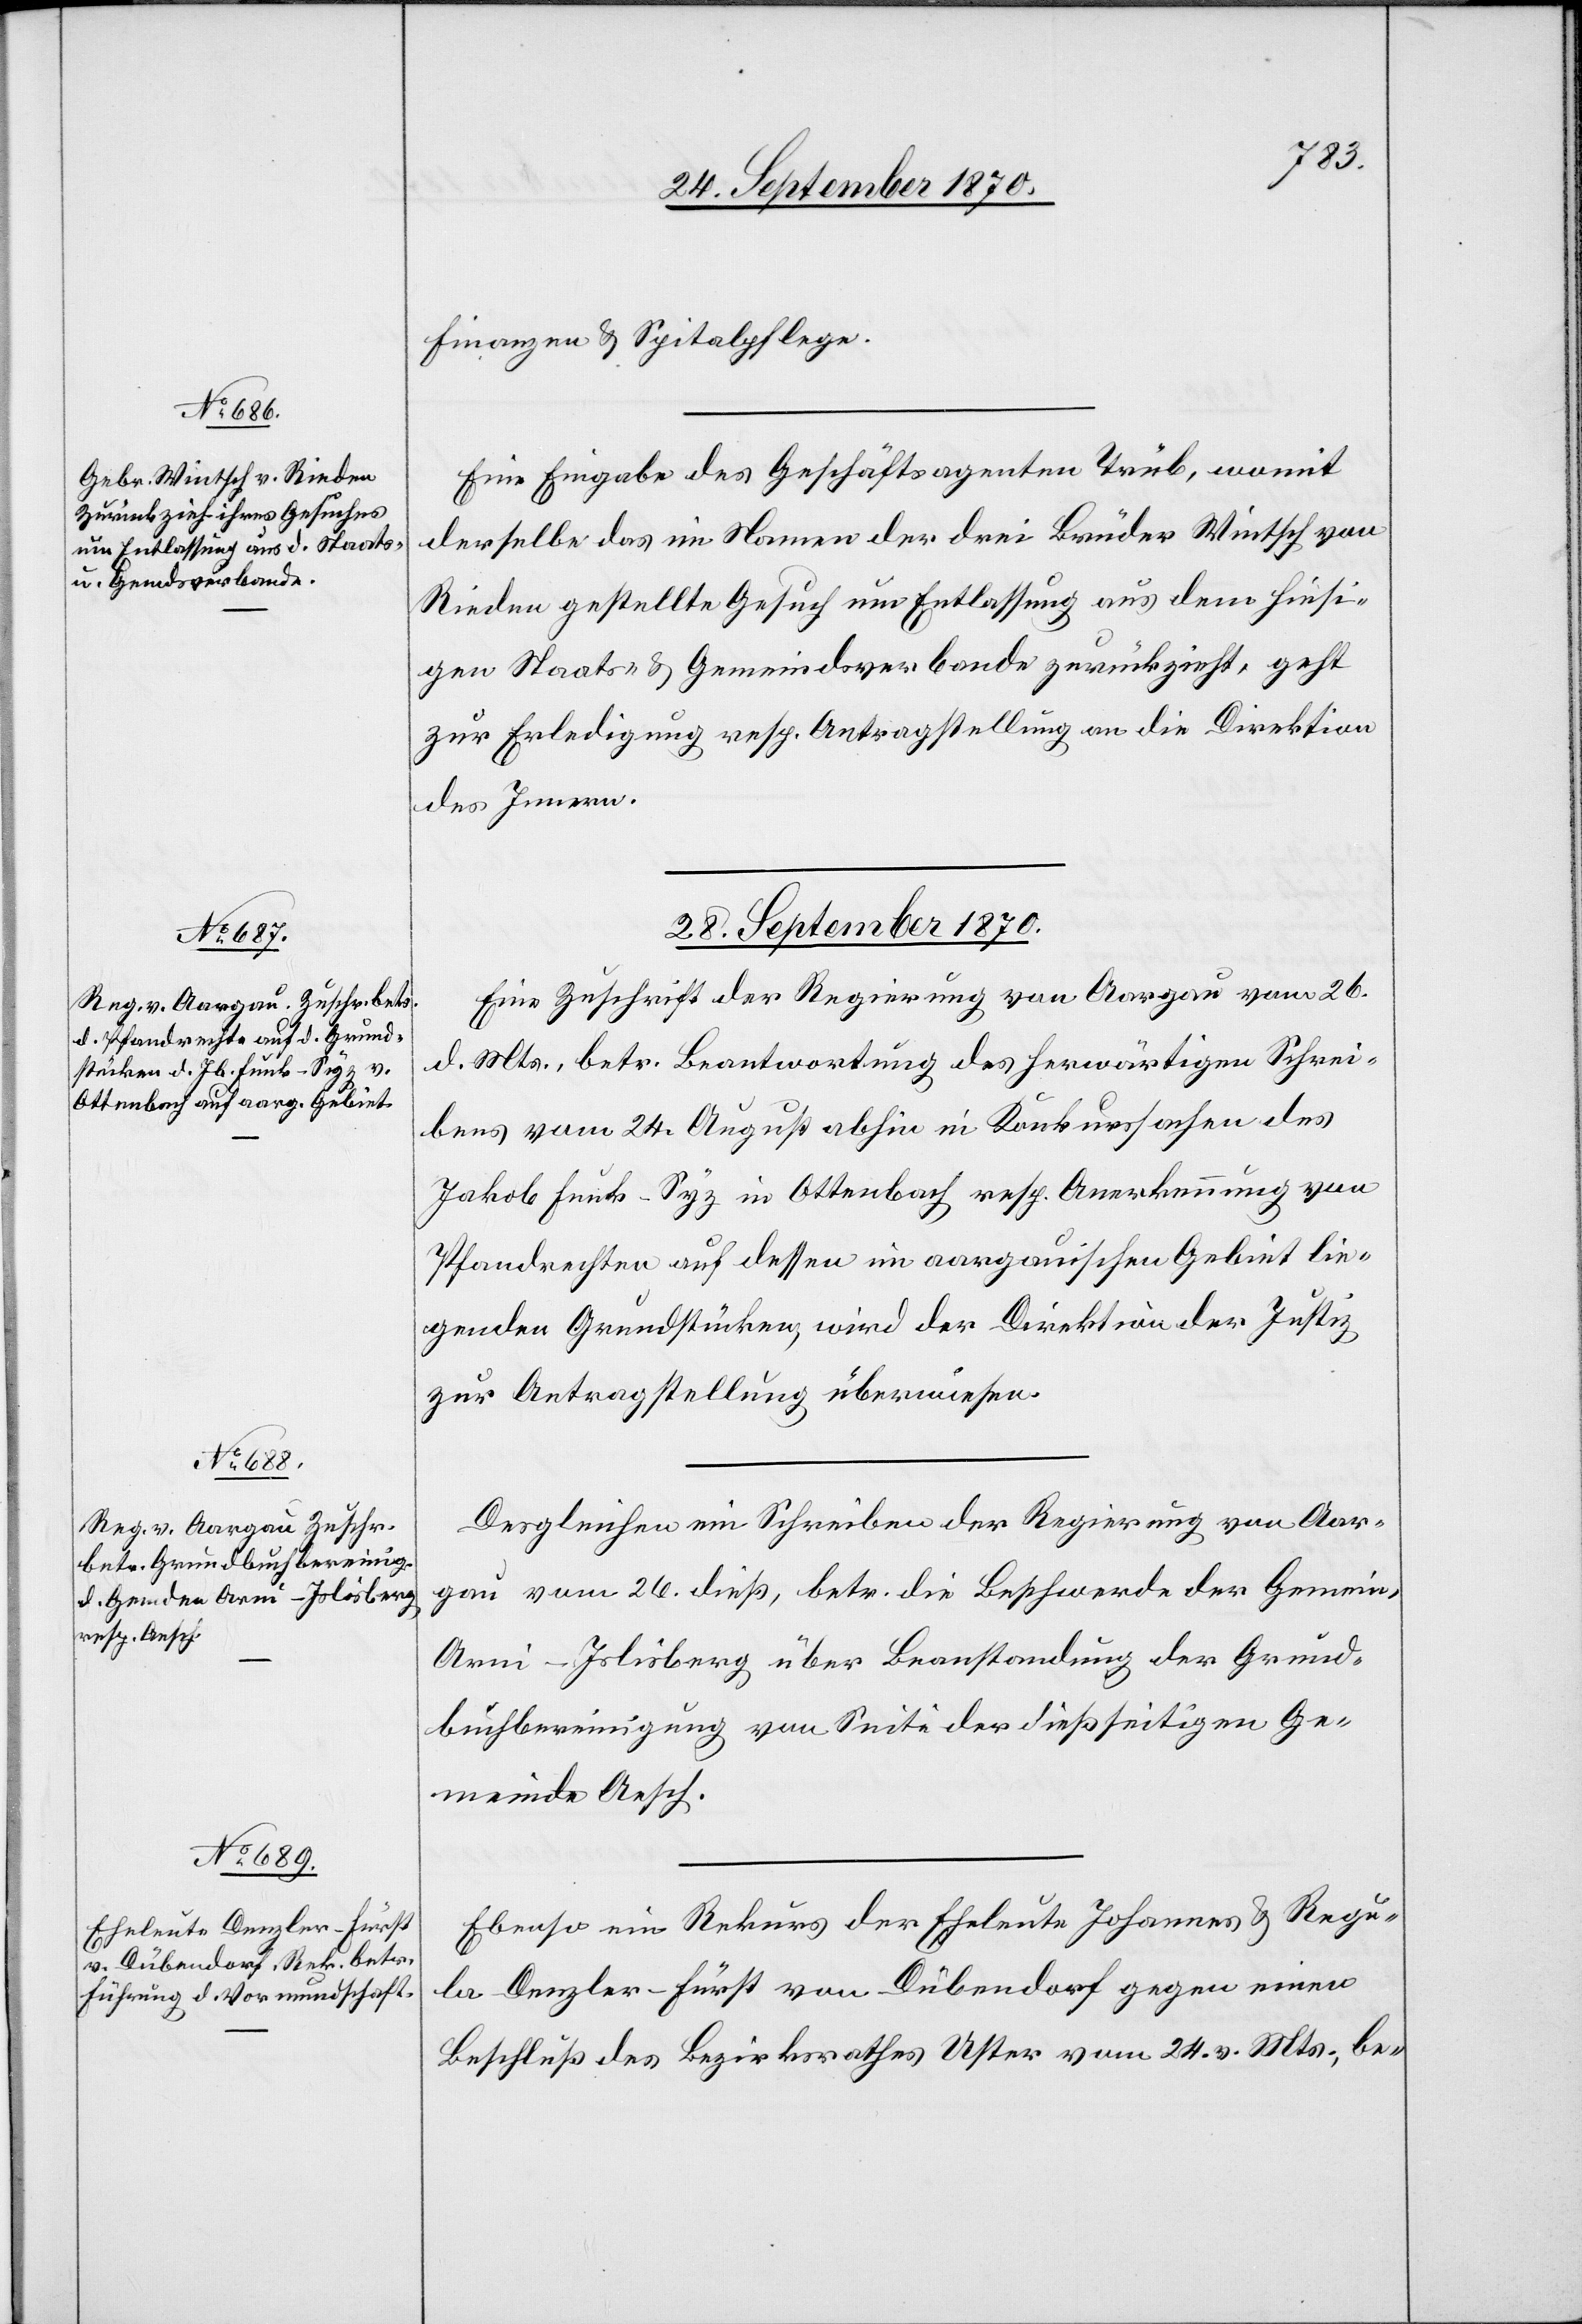
Finanzen & Spitalpflege.
Eine Eingabe des Geschäftsagenten Trüb, womit
derselbe das im Namen der drei Brüder Wintsch von
Rieden gestellte Gesuch um Entlassung aus dem hierseit¬
igen Staats- & Gemeindsverbande zurückzieht, geht
zur Erledigung resp. Antragstellung an die Direktion
des Innern.
28. September 1870.]
Eine Zuschrift der Regierung von Aargau vom 26.
d. Mts., betr. Beantwortung des herwärtigen Schrei¬
bens vom 24. August abhin in Konkurssachen des
Jakob Funk-Syz in Ottenbach resp. Anerkennung v.
Pfandrechten auf dessen im aargauischen Gebiet lie¬
genden Grundstücken, wird der Direktion der Justiz
zur Antragstellung überwiesen.
Desgleichen ein Schreiben der Regierung von Aar¬
gau vom 26. dieß, betr. die Beschwerde der Gemein[de]
Arni-Islisberg über Beanstandung der Grund¬
buchbereinigung von Seite der dießseitigen Ge¬
meinde Aesch.
Ebenso ein Rekurs der Eheleute Johanna & Regu¬
la Denzler-Fürst von Dübendorf gegen einen
Beschluß des Bezirksrathes Uster vom 24. v. Mts., be-